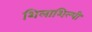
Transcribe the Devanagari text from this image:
शिलाशिल्पी